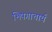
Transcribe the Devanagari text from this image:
भिषगाचार्य